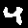
Label: 4